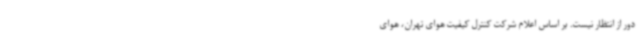
دور از انتظار نیست. بر اساس اعلام شرکت کنترل کیفیت هوای تهران، هوای